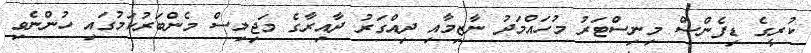
ކުރީގެ ޑިފެންްސް މިނިސްޓަރު މުހައްމަދު ނާޒިމާއި ދިއްގަރު ދާއިރާގެ މަޖިލިސް މެންބަރުކަމުގައި ހުންނެވި